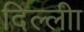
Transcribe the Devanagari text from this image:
दिल्लीा